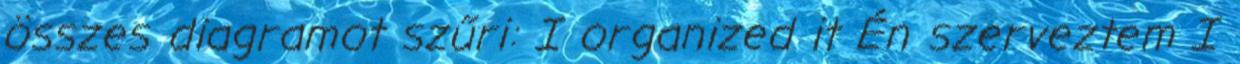
összes diagramot szűri: I organized it Én szerveztem I